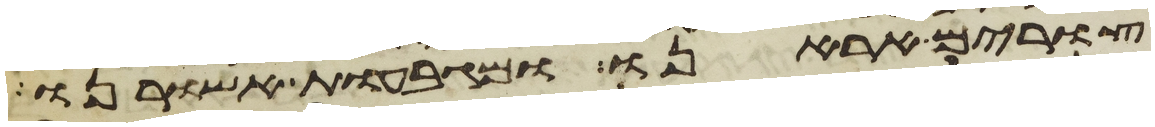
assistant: צורים אראנו ומגבעות אשורנו